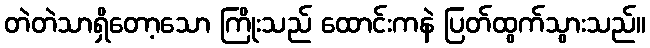
တဲတဲသာရှိတော့သော ကြိုးသည် ထောင်းကနဲ ပြတ်ထွက်သွားသည်။